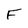
Character: F